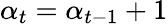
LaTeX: \alpha_{t}=\alpha_{t-1}+1